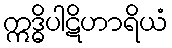
ဣဒ္ဓိပါဋိဟာရိယံ